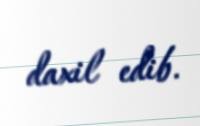
daxil edib.